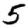
Digit: 5